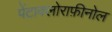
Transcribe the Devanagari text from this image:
पेंटाक्लोराफ़ीनोल